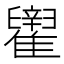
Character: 𬯶